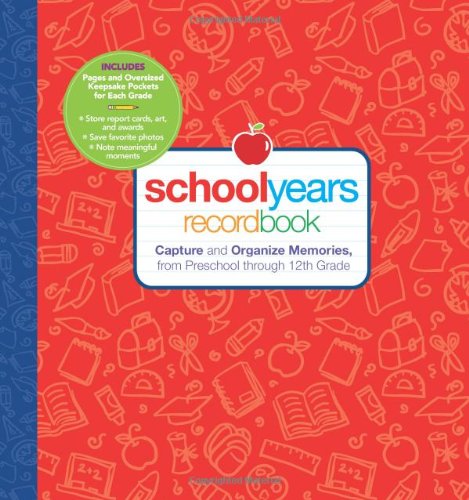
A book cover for School Years: Record Book: Capture and Organize Memories from Preschool through 12th Grade; Editors of Reader's Digest; Parenting & Relationships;